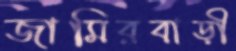
জামিরবাড়ী